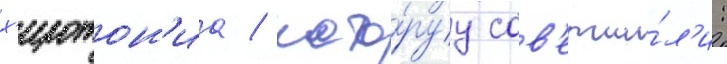
х'иротон'иа / кото́руу сов'ерши́л'и: